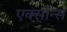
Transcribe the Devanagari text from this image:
एक्सॉन्स